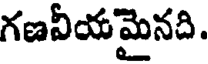
గణవీయమైనది.